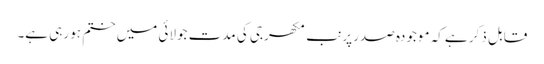
قابل ذکر ہے کہ موجودہ صدر پرنب مکھرجی کی مدت جولائی میں ختم ہو رہی ہے۔